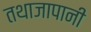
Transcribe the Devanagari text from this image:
तथाजापानी